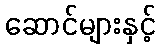
ဆောင်များနှင့်